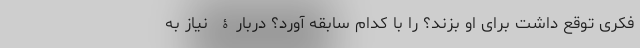
فکری توقع داشت برای او بزند؟ را با کدام سابقه آورد؟ دربارۀ نیاز به